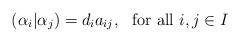
LaTeX: \begin{align*}(\alpha_i|\alpha_j)=d_ia_{ij},\ \ \mbox{for all} \ i,j\in I\end{align*}